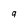
Character: 9